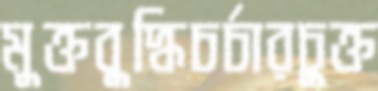
মুক্তবুদ্ধিচর্চারচুক্ত